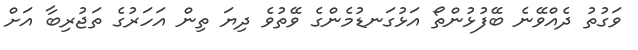
ވަގުތު ދެއްވޭނެ ބޭފުޅުންތޯ އަޅުގަނޑުމެންގެ ވޭތުވެ ދިޔަ ތިން އަހަރުގެ ތަޖުރިބާ އަށް